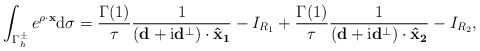
\begin{align*} \begin{aligned} \int_{\Gamma_h^{\pm}}e^{\rho\cdot \mathbf x}\mathrm d \sigma &=\frac{\Gamma(1)}{\tau}\frac{1}{(\mathbf d+\mathrm i\mathbf d^{\perp})\cdot \mathbf{\hat x_1}}-I_{R_1}+\frac{\Gamma(1)}{\tau}\frac{1}{(\mathbf d+\mathrm i\mathbf d^{\perp})\cdot \mathbf{\hat x_2}}-I_{R_2}, \end{aligned} \end{align*}